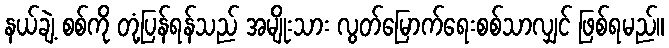
နယ်ချဲ့ စစ်ကို တုံ့ပြန်ရန်သည် အမျိုးသား လွတ်မြောက်ရေးစစ်သာလျှင် ဖြစ်ရမည်။